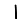
Digit: 1